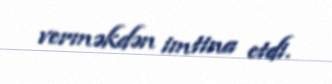
verməkdən imtina etdi.